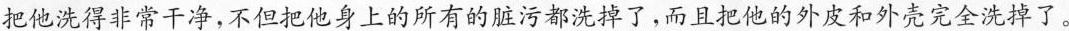
把他洗得非常干净，不但把他身上的所有的脏污都洗掉了，而且把他的外皮和外壳完全洗掉了。